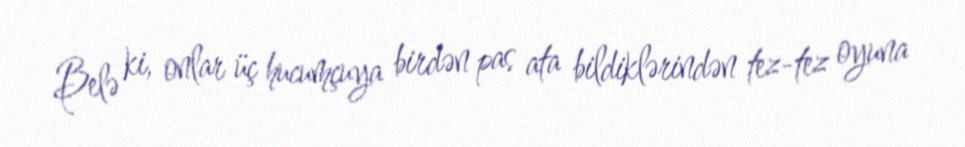
Belə ki, onlar üç hucumçuya birdən pas ata bildiklərindən tez-tez oyuna